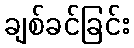
ချစ်ခင်ခြင်း